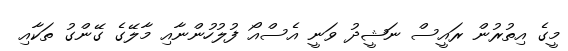
މީގެ އިތުރުން ރައީސް ނަޝީދު ވަނީ އެސްއޯ ފުލުހުންނާއި މާލޭގެ ގޭންގު ތަކާއި